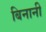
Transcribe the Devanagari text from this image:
बिनानी